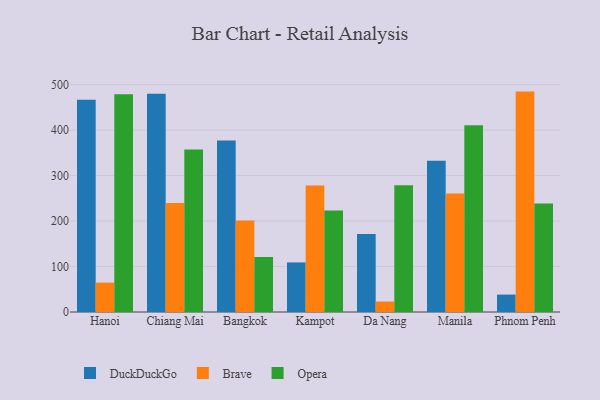
{"axis": {"x": "City", "y": "Humidity (%)"}, "legend": ["Brave", "DuckDuckGo", "Opera"], "data": [{"x": "Hanoi", "y": 466.6, "type": "DuckDuckGo"}, {"x": "Hanoi", "y": 64.6, "type": "Brave"}, {"x": "Hanoi", "y": 478.5, "type": "Opera"}, {"x": "Chiang Mai", "y": 479.5, "type": "DuckDuckGo"}, {"x": "Chiang Mai", "y": 239.5, "type": "Brave"}, {"x": "Chiang Mai", "y": 357.3, "type": "Opera"}, {"x": "Bangkok", "y": 377.0, "type": "DuckDuckGo"}, {"x": "Bangkok", "y": 201.2, "type": "Brave"}, {"x": "Bangkok", "y": 120.7, "type": "Opera"}, {"x": "Kampot", "y": 109.0, "type": "DuckDuckGo"}, {"x": "Kampot", "y": 278.0, "type": "Brave"}, {"x": "Kampot", "y": 223.2, "type": "Opera"}, {"x": "Da Nang", "y": 171.5, "type": "DuckDuckGo"}, {"x": "Da Nang", "y": 23.0, "type": "Brave"}, {"x": "Da Nang", "y": 278.9, "type": "Opera"}, {"x": "Manila", "y": 332.6, "type": "DuckDuckGo"}, {"x": "Manila", "y": 260.5, "type": "Brave"}, {"x": "Manila", "y": 410.7, "type": "Opera"}, {"x": "Phnom Penh", "y": 38.3, "type": "DuckDuckGo"}, {"x": "Phnom Penh", "y": 484.5, "type": "Brave"}, {"x": "Phnom Penh", "y": 238.5, "type": "Opera"}]}